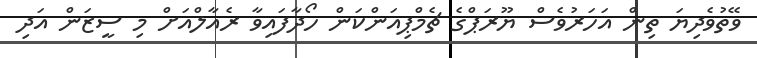
ވޭތުވެދިޔަ ތިން އަހަރުވެސް ޔޫރަޕްގެ ޗެމްޕިއަންކަން ހޯދާފައިވާ ރެއާލްއަށް މި ސީޒަން އަދި